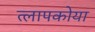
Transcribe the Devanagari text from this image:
त्लापकोया